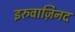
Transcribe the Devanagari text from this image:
इरुवाज़िनद